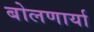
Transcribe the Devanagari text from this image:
बोलणार्या